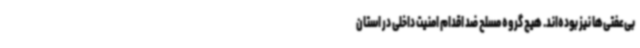
بی‌عفتی‌ها نیز بوده‌اند. هیچ گروه مسلح ضد اقدام امنیت داخلی در استان